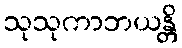
သုသုကာဘယန္တိ